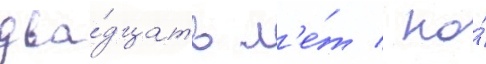
два́дцать л'е́т / но́